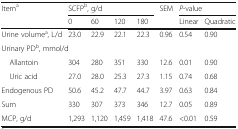
| <ROWSPAN=2> Itema | <COLSPAN=4> SCFPb, g/d | <ROWSPAN=2> SEM | <COLSPAN=2> P-value |
 | 0 | 60 | 120 | 180 | Linear | Quadratic |
 | --- | --- | --- | --- | --- | --- | --- | --- |
 | Urine volumea, L/d | 23.0 | 22.9 | 22.1 | 22.3 | 0.96 | 0.54 | 0.90 |
 | <COLSPAN=8> Urinary PDb, mmol/d |
 | Allantoin | 304 | 280 | 351 | 330 | 12.6 | 0.01 | 0.90 |
 | Uric acid | 27.0 | 28.0 | 25.3 | 27.3 | 1.15 | 0.74 | 0.68 |
 | Endogenous PD | 50.6 | 45.2 | 47.7 | 44.7 | 3.97 | 0.63 | 0.84 |
 | Sum | 330 | 307 | 373 | 346 | 12.7 | 0.05 | 0.89 |
 | MCP, g/d | 1,293 | 1,120 | 1,459 | 1,418 | 47.6 | <0.01 | 0.59 |